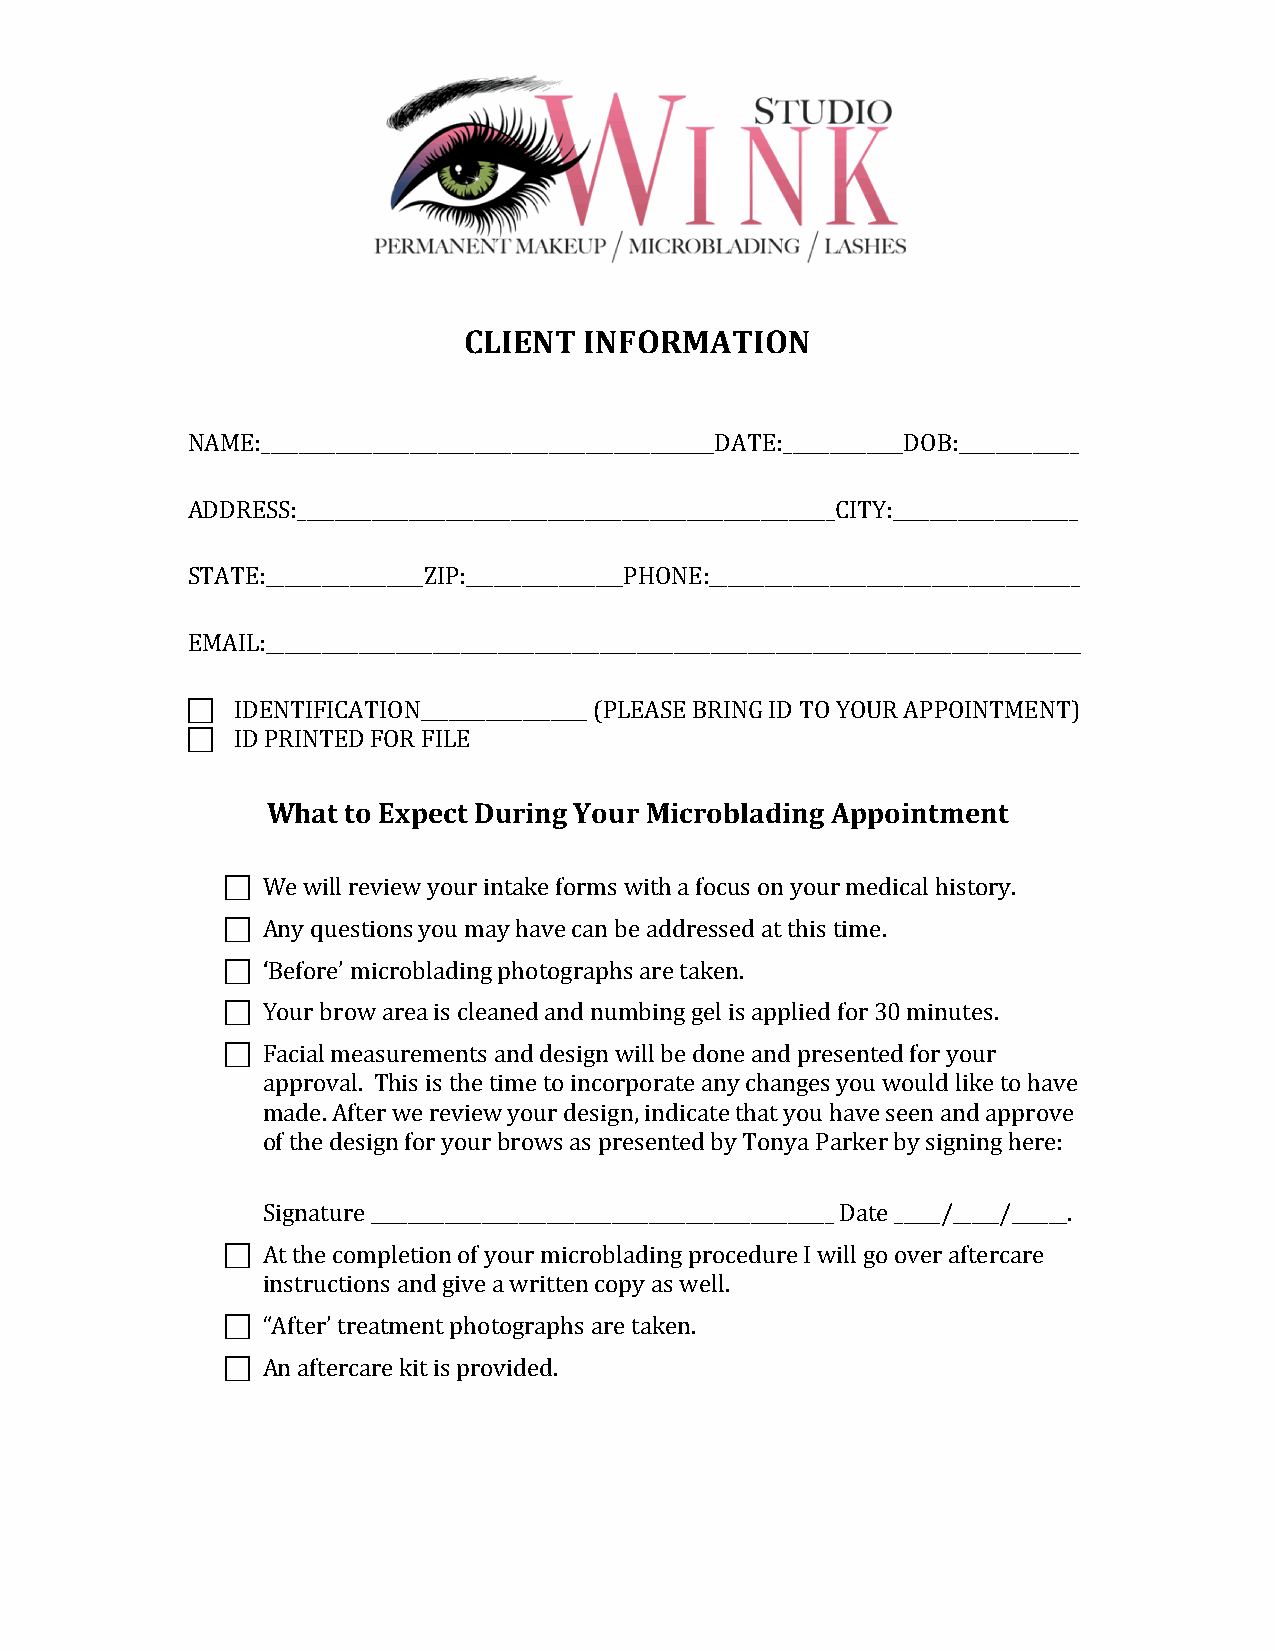
CLIENT  INFORMATION
 NAME:_________________________________________________DATE:_____________DOB:_____________
 ADDRESS:__________________________________________________________CITY:____________________
 STATE:_________________ZIP:_________________PHONE:________________________________________
 EMAIL:________________________________________________________________________________________
 !   IDENTIFICATION__________________ (PLEASE BRING ID TO YOUR APPOINTMENT)
 !   ID PRINTED FOR FILE
 What to Expect During Your Microblading Appointment
 ! We will review your intake forms with a focus on your medical history.
 ! Any questions you may have can be addressed at this time.
 ! ‘Before’ microblading photographs are taken.
 ! Your brow area is cleaned and numbing gel is applied for 30 minutes.
 ! Facial measurements and design will be done and presented for your
 approval. This is the time to incorporate any changes you would like to have
 made. After we review your design, indicate that you have seen and approve
 of the design for your brows as presented by Tonya Parker by signing here:
 Signature __________________________________________________ Date _____/_____/______.
 ! At the completion of your microblading procedure I will go over aftercare
 instructions and give a written copy as well.
 ! “After’ treatment photographs are taken.
 ! An aftercare kit is provided.